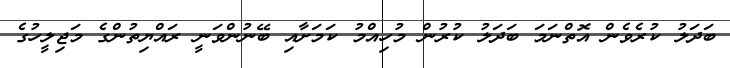
ބަދަލު ކުރެވެން އޮތްނަމަ ބަދަލު ކުރުން މުހިއްމު ކަމަށާއި ބޭނުންވަނީ ރައްޔިތުންގެ މަޖިލީހުގެ